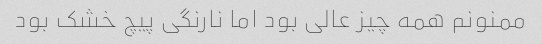
ممنونم همه چیز عالی بود اما نارنگی پیچ خشک بود